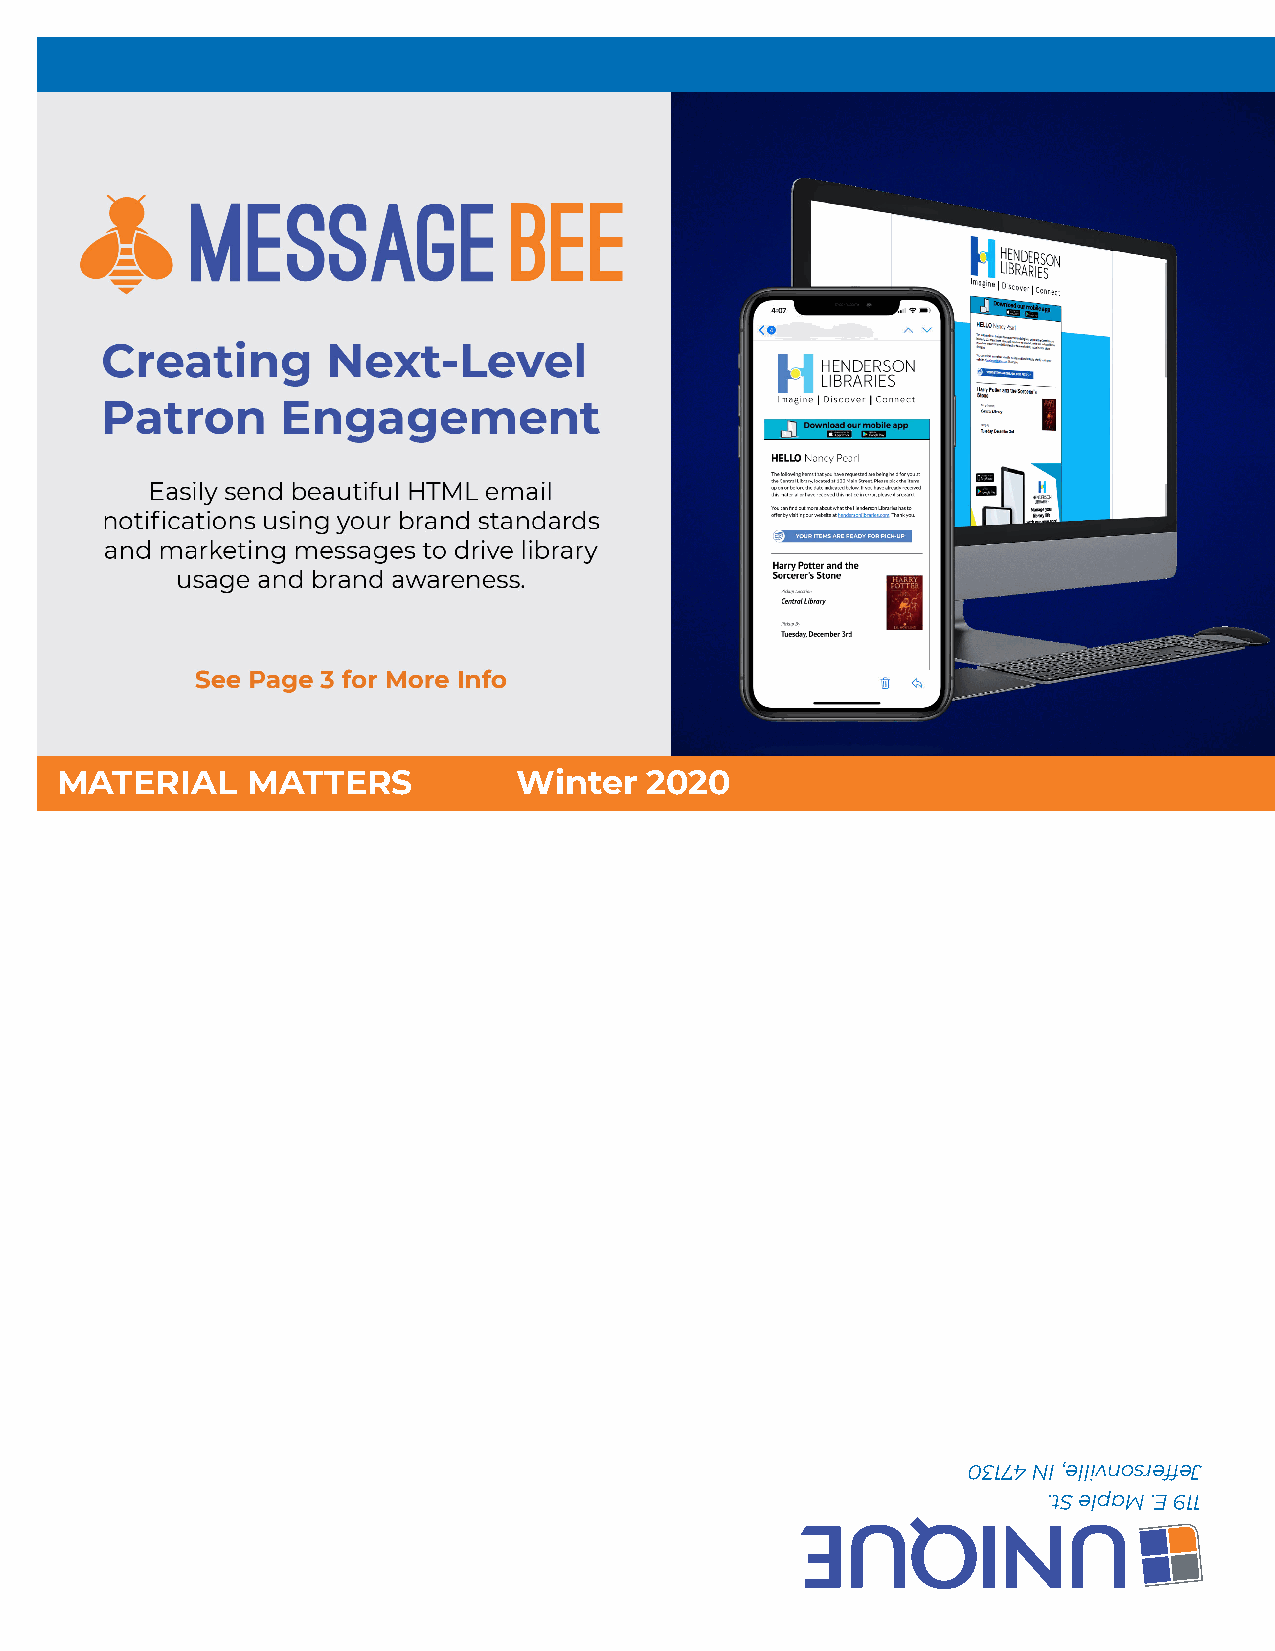
MATERIAL    MATTERS           Winter   2020
 03174 NI ,ellivnosreffeJ
 .tS elpaM .E 911